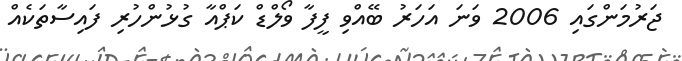
ޖަރުމަންގައި 2006 ވަނަ އަހަރު ބޭއްވި ފީފާ ވޯލްޑް ކަޕްއާ ގުޅުންހުރި ފައިސާތަކެއް